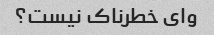
وای خطرناک نیست؟